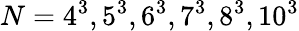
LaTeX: N=4^{3},5^{3},6^{3},7^{3},8^{3},10^{3}